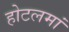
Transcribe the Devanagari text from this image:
होटलमां